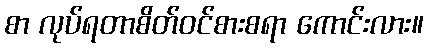
စာ လုပ်ရတာစိတ်ဝင်စားစရာ ကောင်းလား။